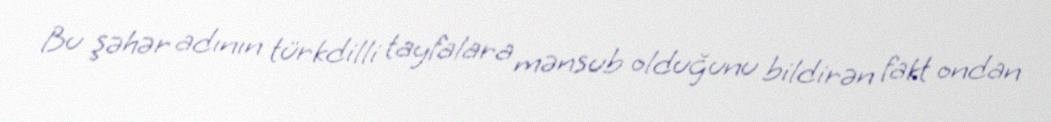
Bu şəhər adının türkdilli tayfalara mənsub olduğunu bildirən fakt ondan